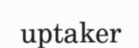
uptaker